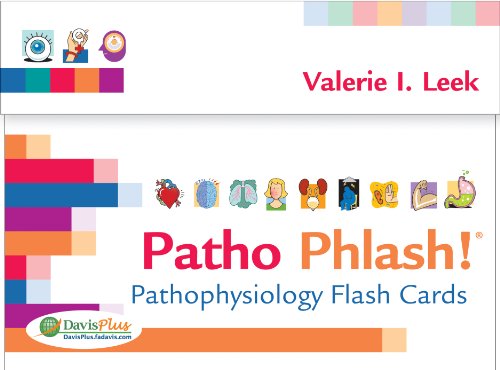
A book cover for Patho Phlash!: Pathophysiology Flash Cards; Valerie I. Leek MSN  RN  CMSRN; Test Preparation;